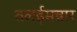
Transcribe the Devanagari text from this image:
तलईमन्नार